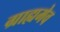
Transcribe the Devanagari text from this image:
ग्राह्यमेव